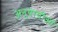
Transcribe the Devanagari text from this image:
अनुयायीओ